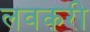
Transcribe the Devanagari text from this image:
लवकरी